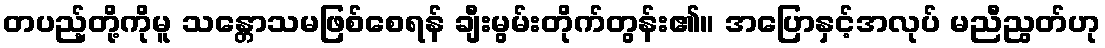
တပည့်တို့ကိုမူ သန္တောသမဖြစ်စေရန် ချီးမွမ်းတိုက်တွန်း၏။ အပြောနှင့်အလုပ် မညီညွတ်ဟု